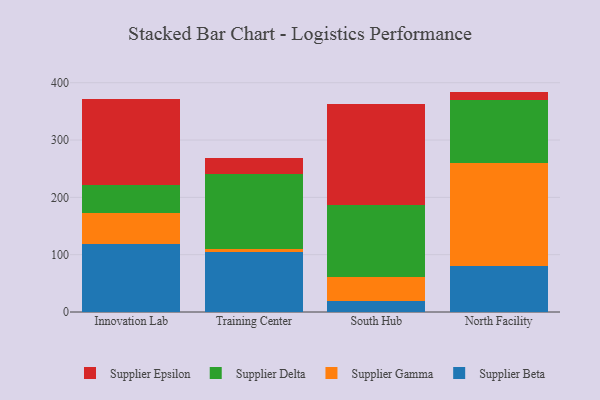
{"axis": {"x": "Campus", "y": "Budget (USD K)"}, "legend": ["Supplier Beta", "Supplier Delta", "Supplier Epsilon", "Supplier Gamma"], "data": [{"x": "Innovation Lab", "y": 117.8, "type": "Supplier Beta"}, {"x": "Innovation Lab", "y": 54.7, "type": "Supplier Gamma"}, {"x": "Innovation Lab", "y": 49.5, "type": "Supplier Delta"}, {"x": "Innovation Lab", "y": 149.1, "type": "Supplier Epsilon"}, {"x": "Training Center", "y": 103.9, "type": "Supplier Beta"}, {"x": "Training Center", "y": 6.1, "type": "Supplier Gamma"}, {"x": "Training Center", "y": 130.1, "type": "Supplier Delta"}, {"x": "Training Center", "y": 28.7, "type": "Supplier Epsilon"}, {"x": "South Hub", "y": 18.6, "type": "Supplier Beta"}, {"x": "South Hub", "y": 42.3, "type": "Supplier Gamma"}, {"x": "South Hub", "y": 126.6, "type": "Supplier Delta"}, {"x": "South Hub", "y": 175.1, "type": "Supplier Epsilon"}, {"x": "North Facility", "y": 79.7, "type": "Supplier Beta"}, {"x": "North Facility", "y": 179.4, "type": "Supplier Gamma"}, {"x": "North Facility", "y": 110.2, "type": "Supplier Delta"}, {"x": "North Facility", "y": 15.2, "type": "Supplier Epsilon"}]}